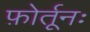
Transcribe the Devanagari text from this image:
फ़ोर्तूनः